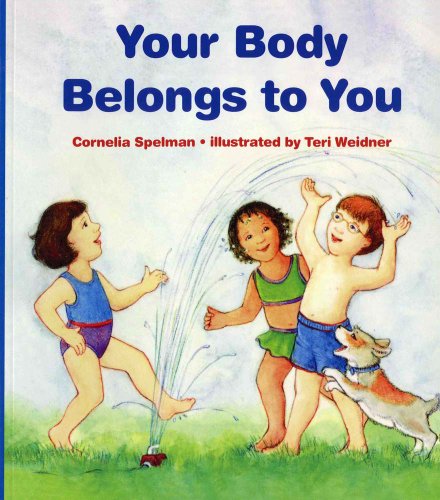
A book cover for Your Body Belongs to You; Cornelia Maude Spelman; Children's Books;